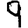
Digit: 9